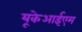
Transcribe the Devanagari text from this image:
यूकेआईएम